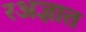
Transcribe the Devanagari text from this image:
रअज्ञात